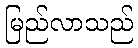
မြည်လာသည်